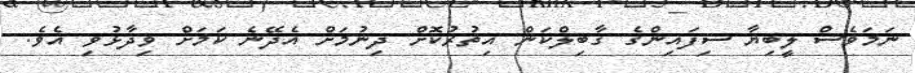
ނަމަވެސް ލީބިޔާ ސިފައިންގެ ގާބިލްކަން އިތުރުކޮށް ދިނުމަށް އެދޭނެ ކަމަށް ވިދާޅުވި އެެވެ.